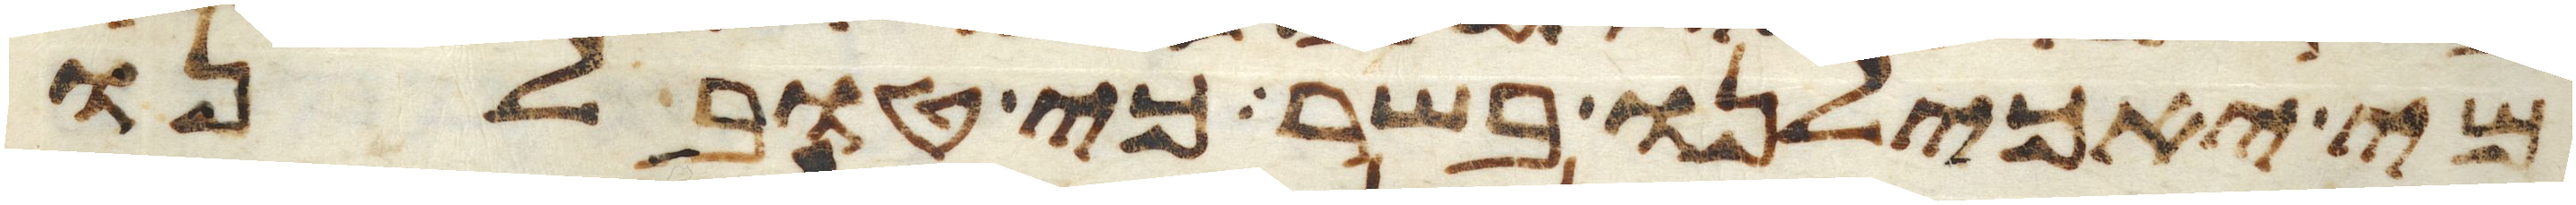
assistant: מי יאכילנו בשר כי טוב לנו